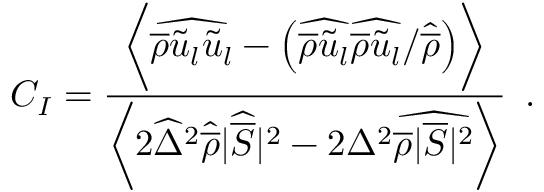
C _ { I } = \frac { \biggl \langle \widehat { \overline { { \rho } } \tilde { u } _ { l } \tilde { u } _ { l } } - \left( \widehat { \overline { { \rho } } \tilde { u } _ { l } } \widehat { \overline { { \rho } } \tilde { u } _ { l } } / \widehat { \overline { { \rho } } } \right) \biggr \rangle } { \biggl \langle 2 \widehat { \Delta } ^ { 2 } \widehat { \overline { { \rho } } } | \widehat { \overline { { S } } } | ^ { 2 } - 2 { \Delta } ^ { 2 } \widehat { \overline { { \rho } } | \overline { { S } } | ^ { 2 } } \biggr \rangle } \, \mathrm { ~ . ~ }